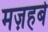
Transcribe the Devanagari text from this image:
मज़हबे